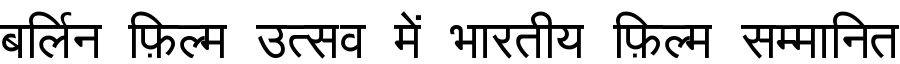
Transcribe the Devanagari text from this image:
बर्लिन फ़िल्म उत्सव में भारतीय फ़िल्म सम्मानित